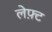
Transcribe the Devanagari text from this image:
लेफ़्ट